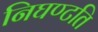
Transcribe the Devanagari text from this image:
निघण्टति